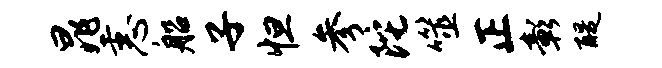
晁恚船子怛参陀噬正彰醍